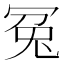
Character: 冤